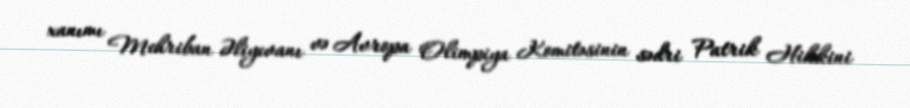
xanımı Mehriban Əliyevanı və Avropa Olimpiya Komitəsinin sədri Patrik Hikkini